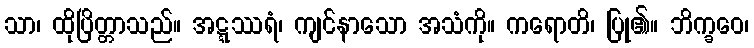
သာ၊ ထိုပြိတ္တာသည်။ အဋ္ဋဿရံ၊ ကျင်နာသော အသံကို။ ကရောတိ၊ ပြု၏။ ဘိက္ခဝေ၊